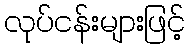
လုပ်ငန်းများဖြင့်